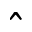
\hat { }